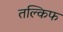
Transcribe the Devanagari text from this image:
तल्किफ